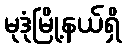
မုဒုံမြို့နယ်ရှိ